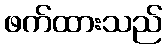
ဖက်ထားသည်